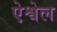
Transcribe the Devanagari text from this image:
ऐश्वेल